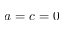
a = c = 0